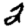
Digit: 2